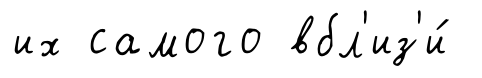
их самого вбл'из'и́